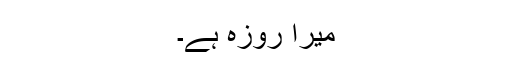
میرا روزہ ہے۔